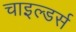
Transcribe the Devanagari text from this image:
चाइल्डर्स